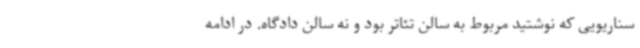
سناریویی که نوشتید مربوط به سالن تئاتر بود و نه سالن دادگاه. در ادامه